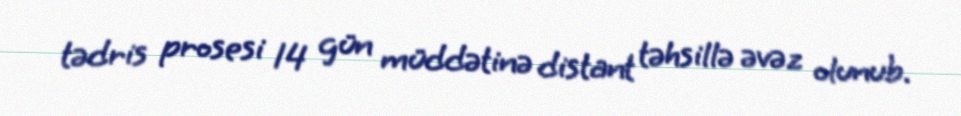
tədris prosesi 14 gün müddətinə distant təhsillə əvəz olunub.